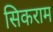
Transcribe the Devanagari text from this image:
सिकराम